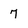
Character: 7